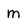
Character: m